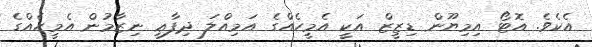
އެކެވެ. އޮޓޯ އިމިޔޫން ޑިޒީޒް އަކީ އެމީހެއްގެ އަމިއްލަ ދިފާޢީ ނިޒާމުން އެމީހެއްގެ